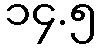
၁၄.၅